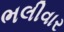
ભલીવાર